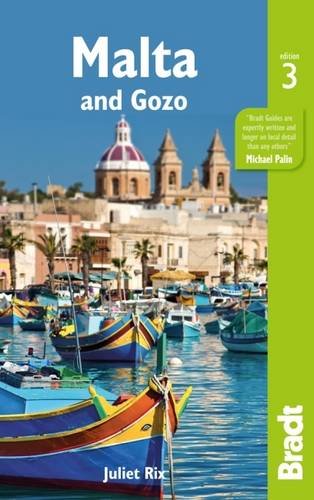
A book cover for Malta and Gozo (Bradt Travel Guides); Juliet Rix; Travel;